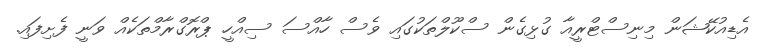
އެޑިއުކޭޝަން މިނިސްޓްރީއާ ގުޅިގެން ސްކޫލްތަކުގައި ވެސް ހާއްސަ ސިއްހީ ޕްރޮގްރާމްތަކެއް ވަނީ ފެށިފައި.